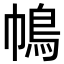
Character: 𢄦